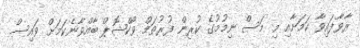
ރާވާފައިވާ ކަމަށާއި މި މަސް ނިމުމުގެ ކުރިން ފުރުތަމް ވޯކްޝޮޕް ބާއްވާނެކަމަށް ވައިސް